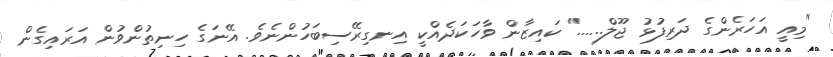
"މިއީ އަހަރެންގެ ދަރިފުޅު ޖޫލް......" ކައިޒާން ވާހަކަދެއްކީ އިނގިރޭސިބަހުންނެވެ. އޭނަގެ ހިނިތުންވުން އަރައިގެން